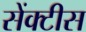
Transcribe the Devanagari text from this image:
सेंक्टीस